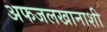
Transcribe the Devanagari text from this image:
अफजलखानाशी